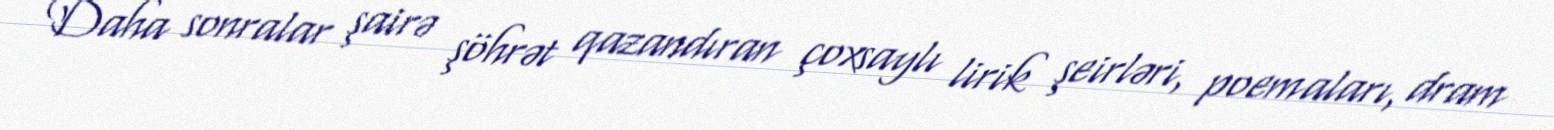
Daha sonralar şairə şöhrət qazandıran çoxsaylı lirik şeirləri, poemaları, dram